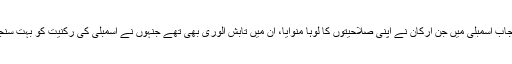
1985 کی پنجاب اسمبلی میں جن ارکان نے اپنی صلاحیتوں کا لوہا منوایا، ان میں تابش الوری بھی تھے جنہوں نے اسمبلی کی رکنیت کو بہت سنجیدگی سے لیا۔